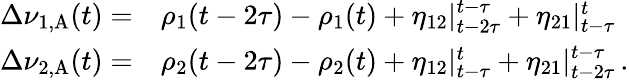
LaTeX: \begin{array}{rl}{\Delta\nu_{\mathrm{1,A}}(t)=}&{\rho_{1}(t-2\tau)-\rho_{1}(t)+\eta_{12}|_{t-2\tau}^{t-\tau}+\eta_{21}|_{t-\tau}^{t}}\\ {\Delta\nu_{\mathrm{2,A}}(t)=}&{\rho_{2}(t-2\tau)-\rho_{2}(t)+\eta_{12}|_{t-\tau}^{t}+\eta_{21}|_{t-2\tau}^{t-\tau}\, .}\end{array}